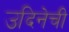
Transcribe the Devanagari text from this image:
उदिनेची